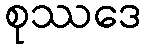
စုဿဒေ